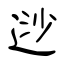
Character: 逤